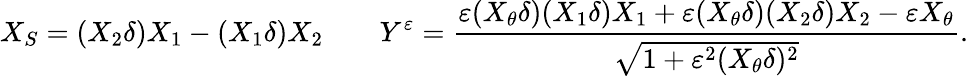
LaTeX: X_{S}=(X_{2}\delta)X_{1}-(X_{1}\delta)X_{2}\qquad Y^{\varepsilon}=\frac{\varepsilon(X_{\theta}\delta)(X_{1}\delta)X_{1}+\varepsilon(X_{\theta}\delta)(X_{2}\delta)X_{2}-\varepsilon X_{\theta}}{\sqrt{1+\varepsilon^{2}(X_{\theta}\delta)^{2}}}.